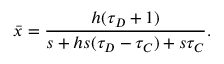
\bar { x } = \frac { h ( \tau _ { D } + 1 ) } { s + h s ( \tau _ { D } - \tau _ { C } ) + s \tau _ { C } } .